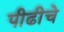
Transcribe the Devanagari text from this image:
पीढीचे